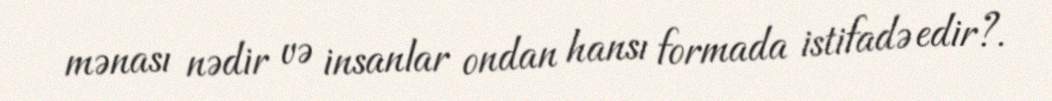
mənası nədir və insanlar ondan hansı formada istifadə edir?.